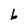
Character: b